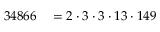
\begin{array} { r l } { 3 4 8 6 6 } & { { } = 2 \cdot 3 \cdot 3 \cdot 1 3 \cdot 1 4 9 } \end{array}